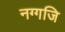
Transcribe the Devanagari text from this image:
नग्गजि